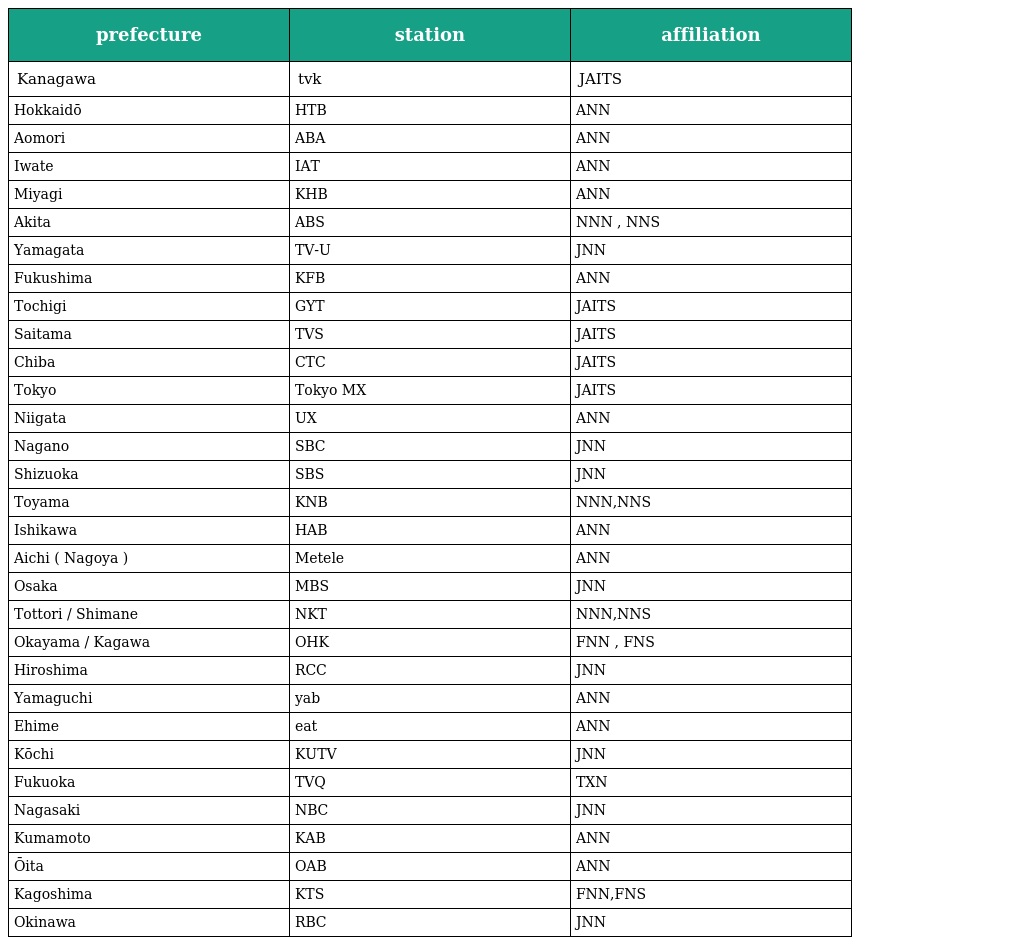
| prefecture | station | affiliation |
 | --- | --- | --- |
 | Kanagawa | tvk | JAITS |
 | Hokkaidō | HTB | ANN |
 | Aomori | ABA | ANN |
 | Iwate | IAT | ANN |
 | Miyagi | KHB | ANN |
 | Akita | ABS | NNN , NNS |
 | Yamagata | TV-U | JNN |
 | Fukushima | KFB | ANN |
 | Tochigi | GYT | JAITS |
 | Saitama | TVS | JAITS |
 | Chiba | CTC | JAITS |
 | Tokyo | Tokyo MX | JAITS |
 | Niigata | UX | ANN |
 | Nagano | SBC | JNN |
 | Shizuoka | SBS | JNN |
 | Toyama | KNB | NNN,NNS |
 | Ishikawa | HAB | ANN |
 | Aichi ( Nagoya ) | Metele | ANN |
 | Osaka | MBS | JNN |
 | Tottori / Shimane | NKT | NNN,NNS |
 | Okayama / Kagawa | OHK | FNN , FNS |
 | Hiroshima | RCC | JNN |
 | Yamaguchi | yab | ANN |
 | Ehime | eat | ANN |
 | Kōchi | KUTV | JNN |
 | Fukuoka | TVQ | TXN |
 | Nagasaki | NBC | JNN |
 | Kumamoto | KAB | ANN |
 | Ōita | OAB | ANN |
 | Kagoshima | KTS | FNN,FNS |
 | Okinawa | RBC | JNN |